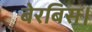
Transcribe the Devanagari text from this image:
बेरबिस।